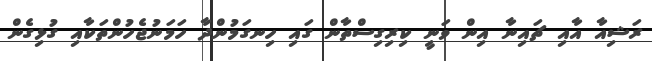
ރަޝިއާ އާއި ޗައިނާ އިން ވަނީ ކިރިގިސްތާން ގައި ހިނގަމުންދާ ހަމަނުޖެހުންތަކާއި ގުޅިގެން